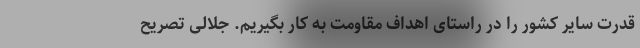
قدرت سایر کشور را در راستای اهداف مقاومت به کار بگیریم. جلالی تصریح